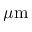
\mu \mathrm { m }